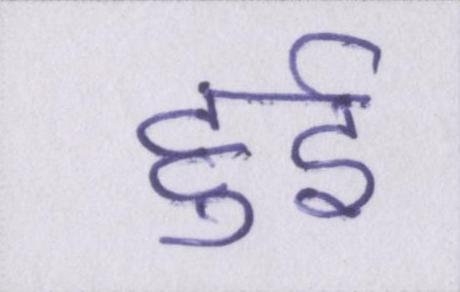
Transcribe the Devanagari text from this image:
हुर्इ